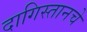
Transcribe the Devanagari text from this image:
दागिस्तानचे